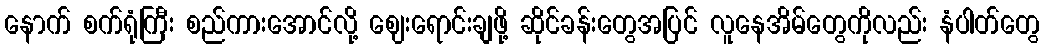
နောက် စက်ရုံကြီး စည်ကားအောင်လို့ ဈေးရောင်းချဖို့ ဆိုင်ခန်းတွေအပြင် လူနေအိမ်တွေကိုလည်း နံပါတ်တွေ